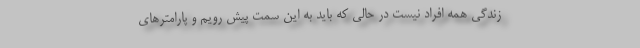
زندگی همه افراد نیست در حالی که باید به این سمت پیش رویم و پارامترهای